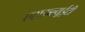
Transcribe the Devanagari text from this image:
एसडब्ल्यूईटी